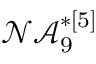
\mathcal { N A } _ { 9 } ^ { * [ 5 ] }